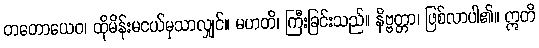
တတောယေဝ၊ ထိုမိန်းမငယ်မှသာလျှင်။ မဟတိ၊ ကြီးခြင်းသည်။ နိဗ္ဗတ္တာ၊ ဖြစ်လာပါ၏။ ဣတိ